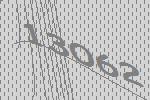
13062